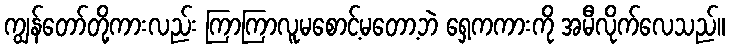
ကျွန်တော်တို့ကားလည်း ကြာကြာလူမစောင့်မတော့ဘဲ ရှေ့ကကားကို အမီလိုက်လေသည်။